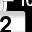
Digit: 2